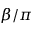
\beta / \pi